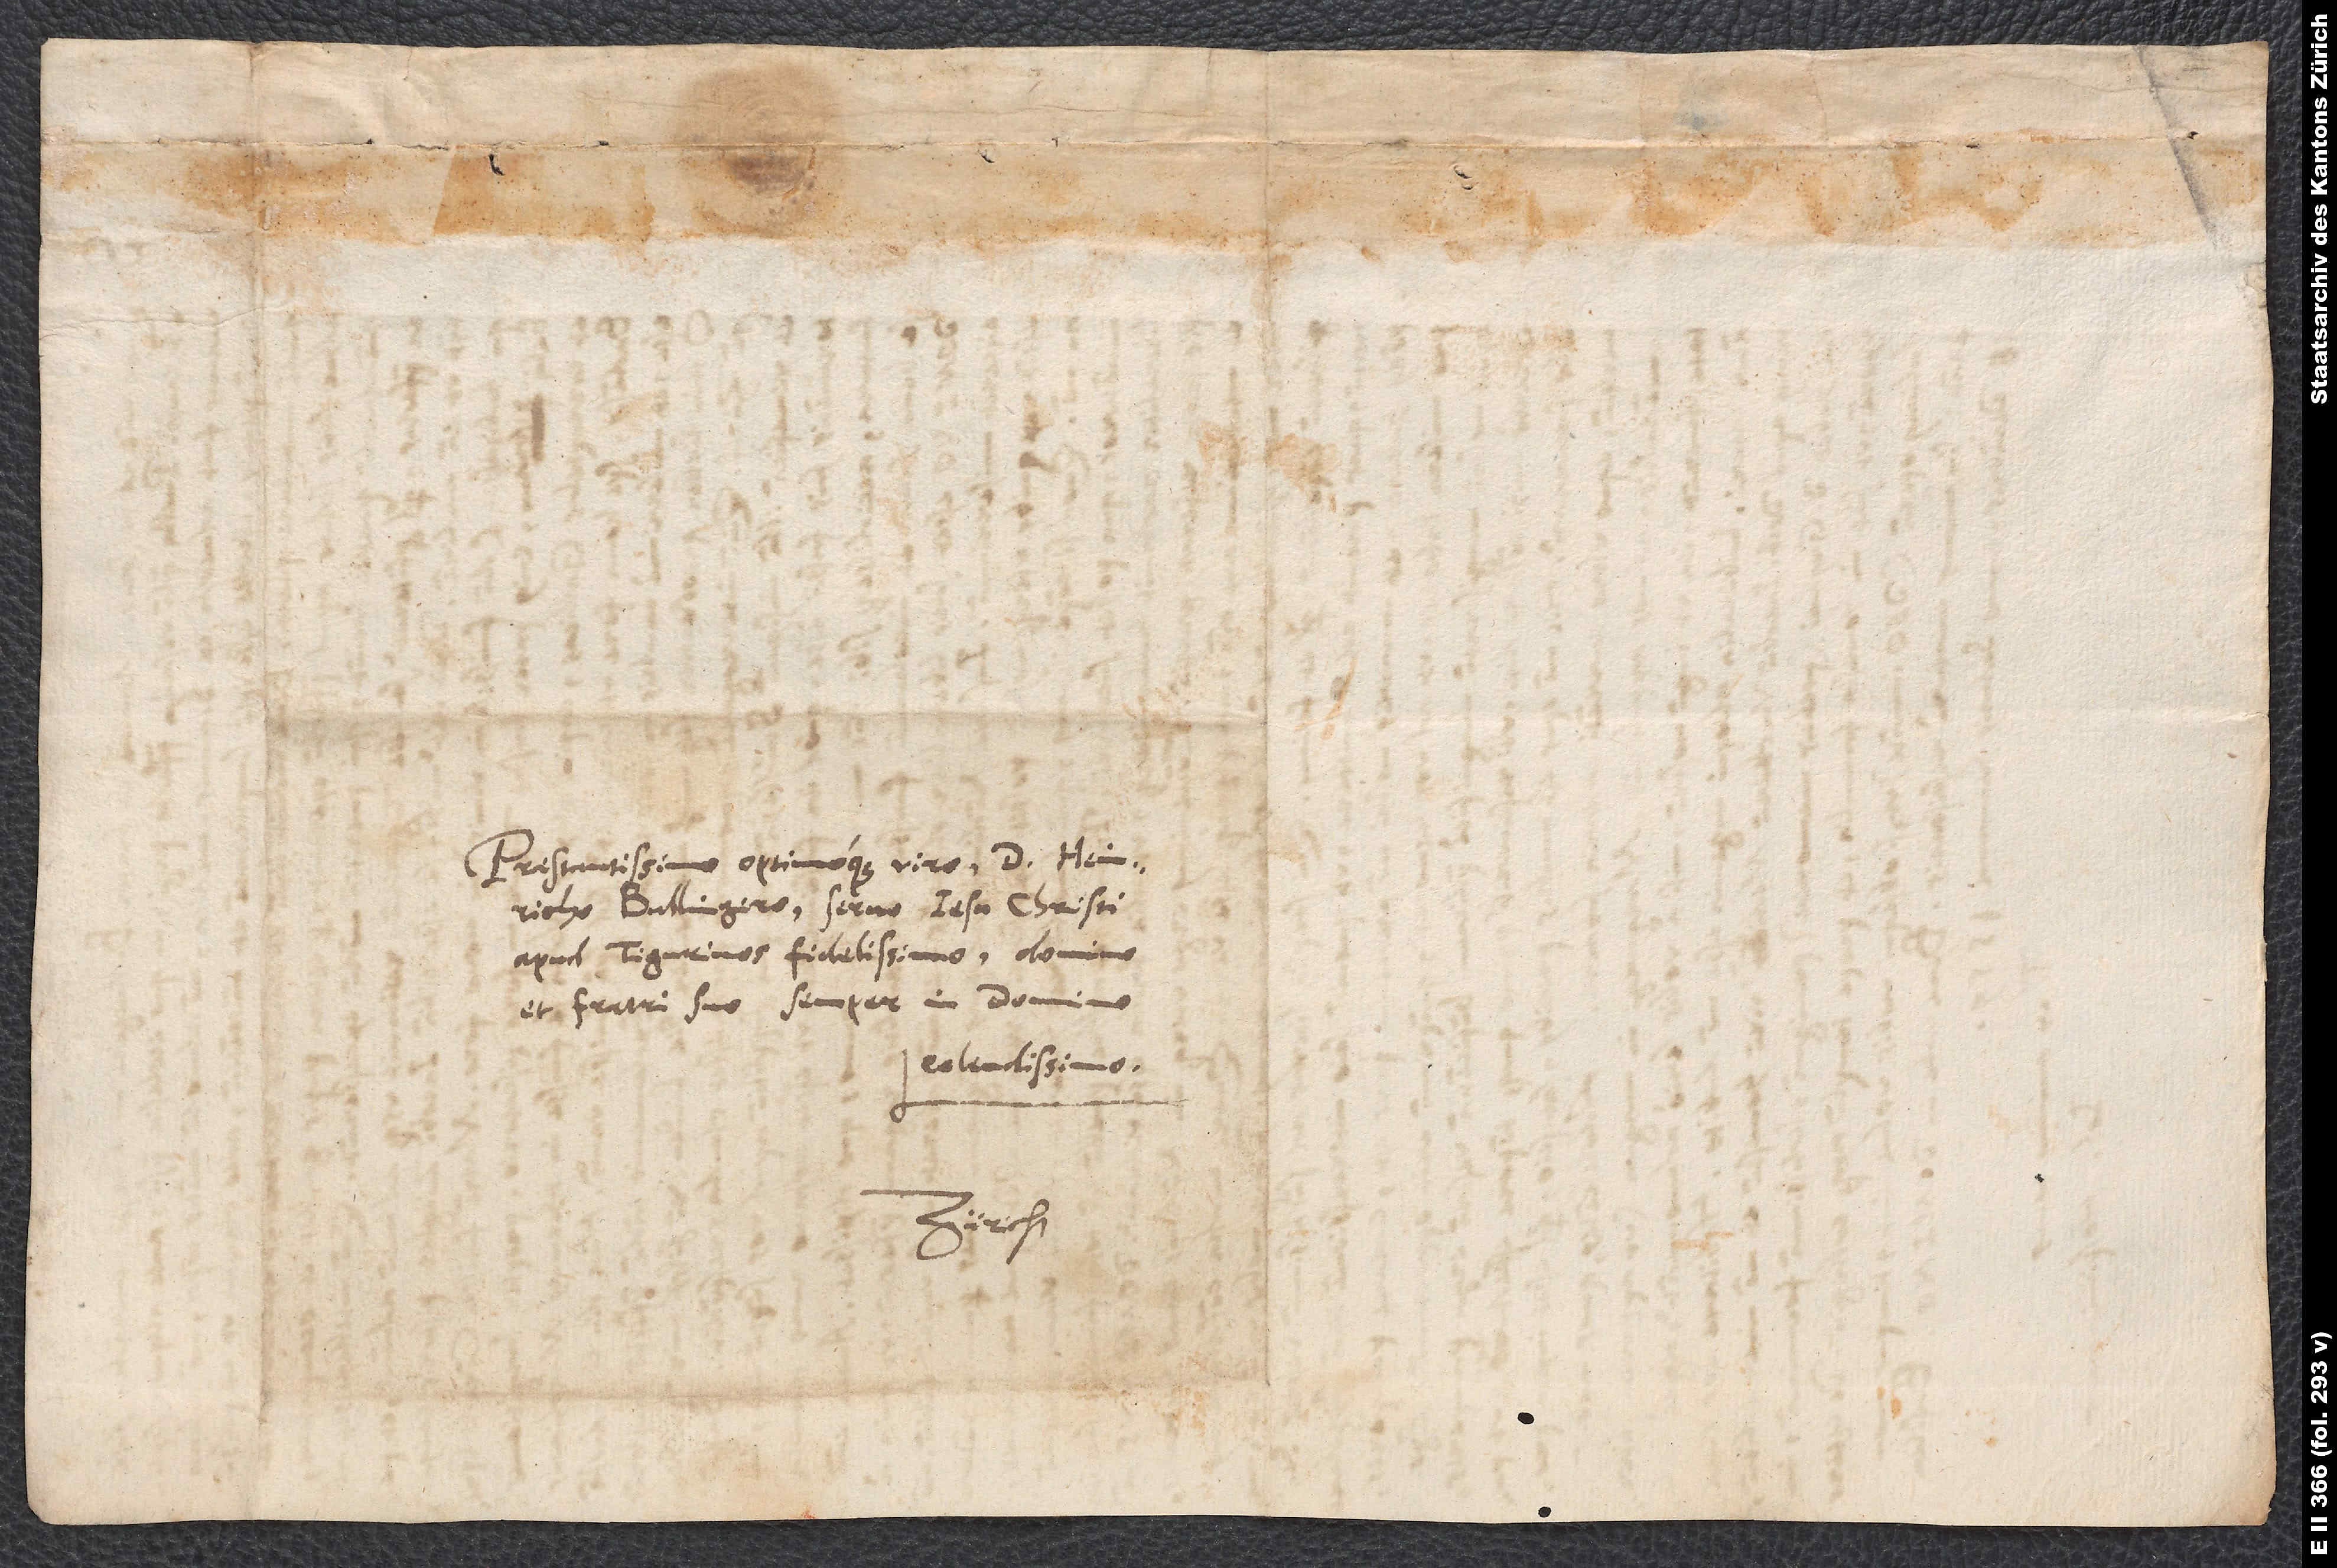
Praestantissimo optimoque viro d. Heinrycho
Bullingero, servo Iesu Christi
apud Tigurinos fidelissimo, domino
et fratri suo semper in domino
colendissimo.